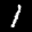
Label: 1